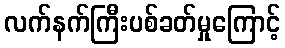
လက်နက်ကြီးပစ်ခတ်မှုကြောင့်